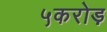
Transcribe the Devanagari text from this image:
५करोड़